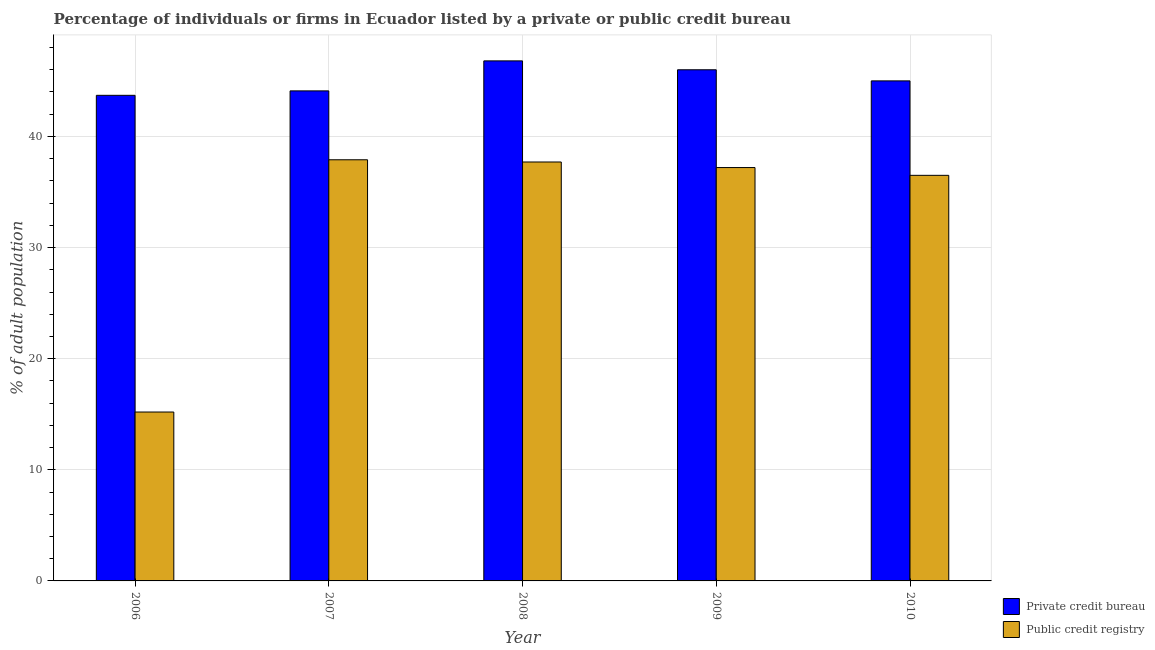
| Year | Private credit bureau | Public credit registry |
 | --- | --- | --- |
 | 2006 | 43.7 | 15.2 |
 | 2007 | 44.1 | 37.9 |
 | 2008 | 46.8 | 37.7 |
 | 2009 | 46 | 37.2 |
 | 2010 | 45 | 36.5 |